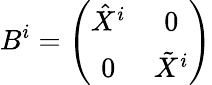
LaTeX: B^{i}=\left(\begin{array}{cc}{{\hat{X}^{i}}}&{{0}}\\ {{0}}&{{\tilde{X}^{i}}}\end{array}\right)